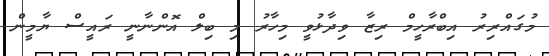
މުގައްރިރު އިބްރާހީމް ރިޒާ ވިދާޅުވީ މިހާރު މި ބިލް އޮންނާނީ ރައީސް ޔާމީން